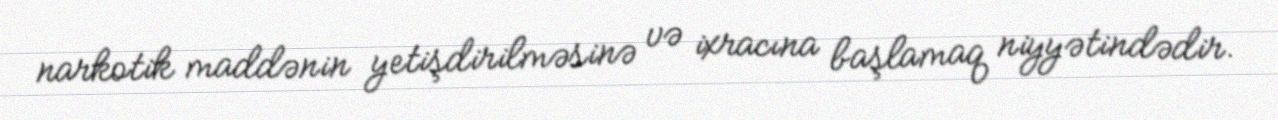
narkotik maddənin yetişdirilməsinə və ixracına başlamaq niyyətindədir.